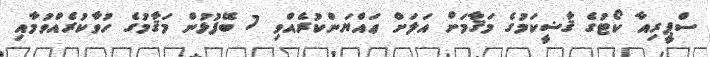
ސްޕީރިއާ ކޯޓުގެ ޤާޟީކަމުގެ މަޤާމަށް އަލަށް ޢައްޔަންކުރެއްވި 7 ބޭފުޅުން މަޤާމުގެ ހުވާކުރެއްވުމާއި